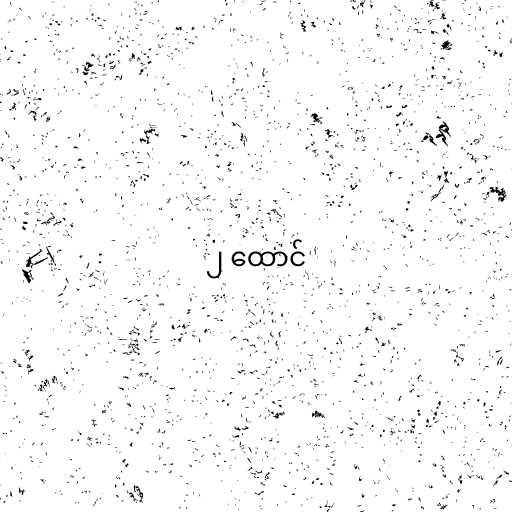
၂ ထောင်